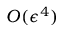
O ( \epsilon ^ { 4 } )